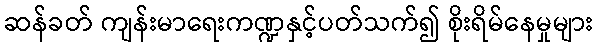
ဆန်ခတ် ကျန်းမာရေးကဏ္ဍနှင့်ပတ်သက်၍ စိုးရိမ်နေမှုများ